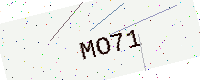
Text: MO71